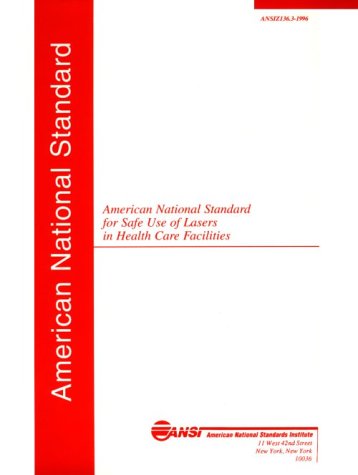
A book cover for American National Standard for Safe Use of Lasers: ANSI Z136.1-2000 (ANSI (Laser Institute of America)) (ANSI (Laser Institute of America)) (ANSI (Laser Institute of America)); Z136 Committee; Medical Books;